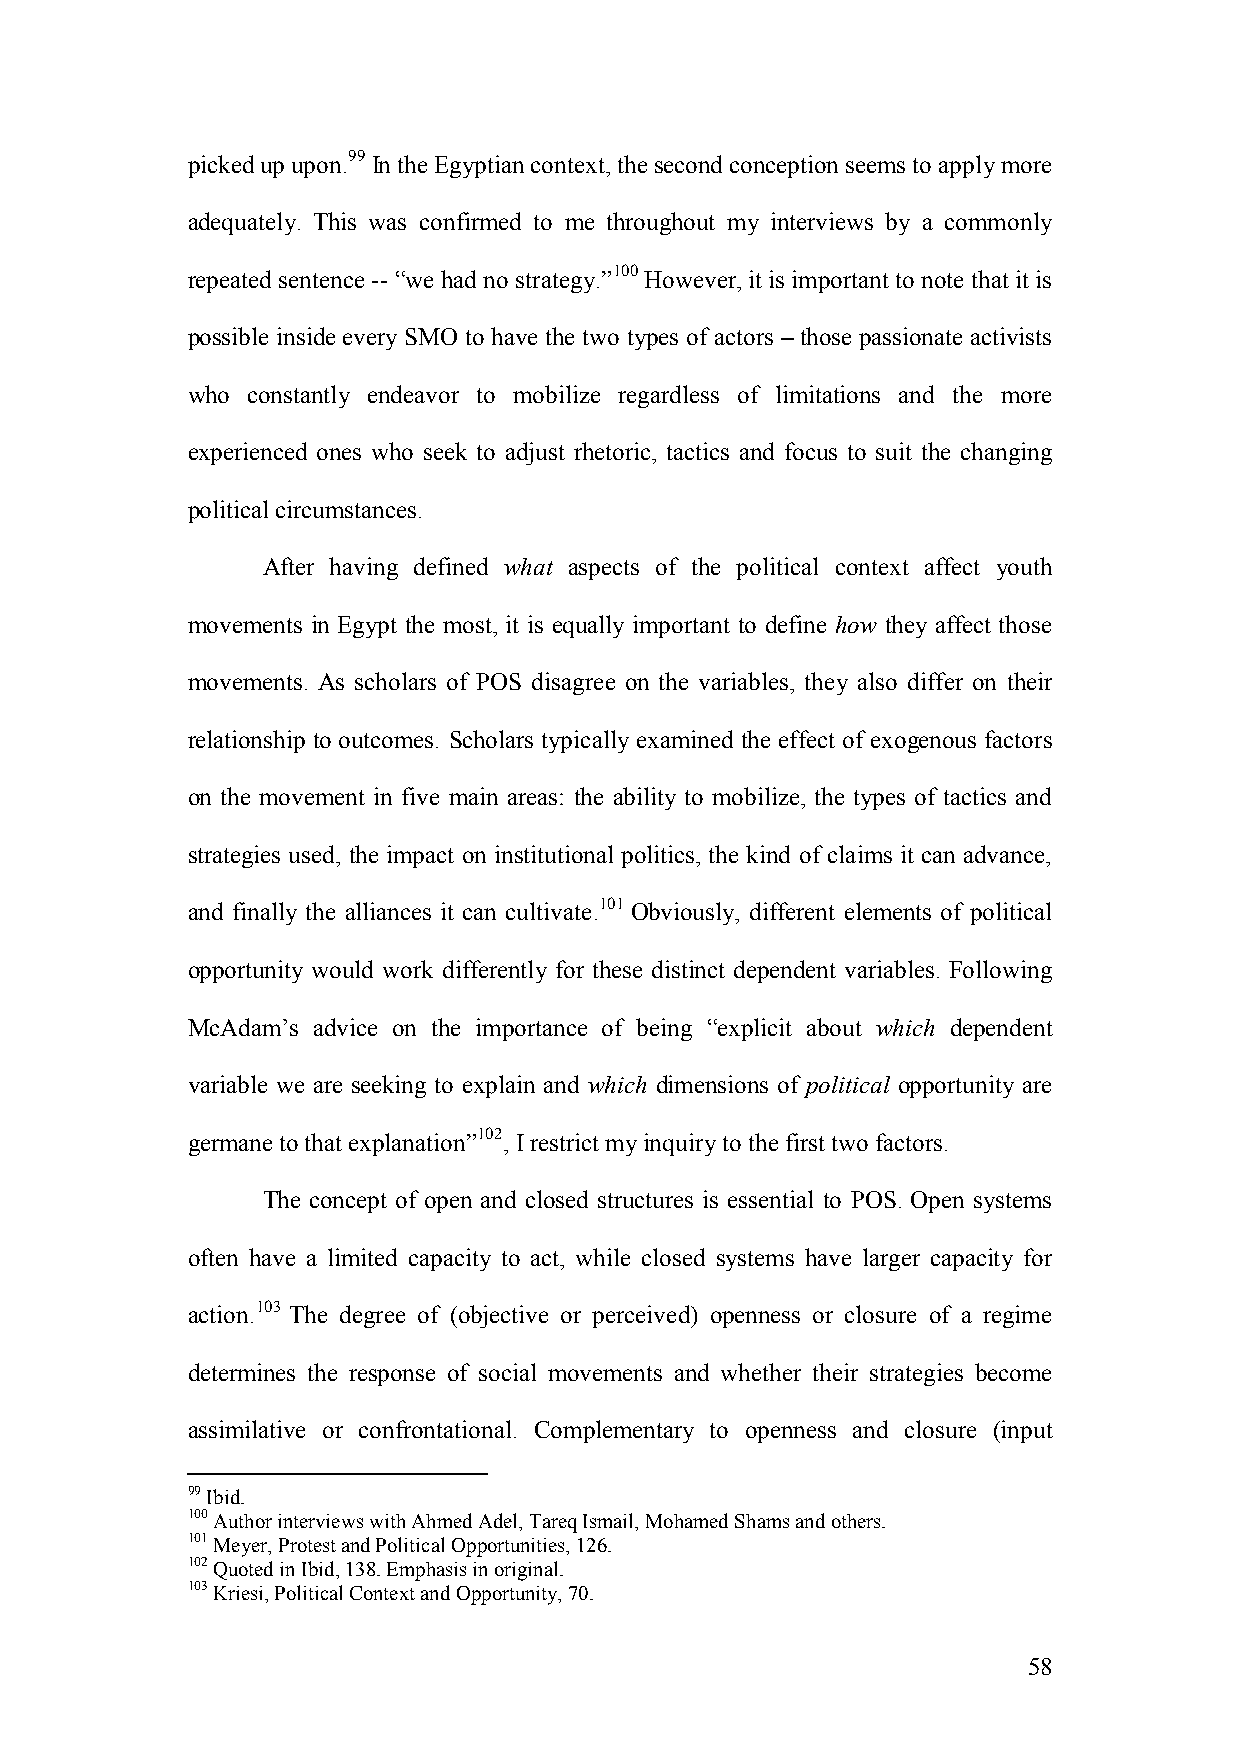
picked up upon.99 In the Egyptian context, the second conception seems to apply more
 adequately. This was confirmed to me throughout my interviews by a commonly
 repeated sentence -- “we had no strategy.”100 However, it is important to note that it is
 possible inside every SMO to have the two types of actors – those passionate activists
 who constantly endeavor to mobilize regardless of limitations and the more
 experienced ones who seek to adjust rhetoric, tactics and focus to suit the changing
 political circumstances.
 After having defined what aspects of the political context affect youth
 movements in Egypt the most, it is equally important to define how they affect those
 movements. As scholars of POS disagree on the variables, they also differ on their
 relationship to outcomes. Scholars typically examined the effect of exogenous factors
 on the movement in five main areas: the ability to mobilize, the types of tactics and
 strategies used, the impact on institutional politics, the kind of claims it can advance,
 and finally the alliances it can cultivate.101 Obviously, different elements of political
 opportunity would work differently for these distinct dependent variables. Following
 McAdam’s advice on the importance of being “explicit about which dependent
 variable we are seeking to explain and which dimensions of political opportunity are
 germane to that explanation”102, I restrict my inquiry to the first two factors.
 The concept of open and closed structures is essential to POS. Open systems
 often have a limited capacity to act, while closed systems have larger capacity for
 action.103 The degree of (objective or perceived) openness or closure of a regime
 determines the response of social movements and whether their strategies become
 assimilative or confrontational. Complementary to openness and closure (input
 99 Ibid.
 100 Author interviews with Ahmed Adel, Tareq Ismail, Mohamed Shams and others.
 101 Meyer, Protest and Political Opportunities, 126.
 102 Quoted in Ibid, 138. Emphasis in original.
 103 Kriesi, Political Context and Opportunity, 70.
 58